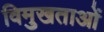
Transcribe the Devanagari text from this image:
विमुखताओं